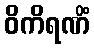
ဝိကိရဏိံ